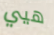
هيي